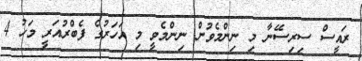
ރައީސް ސިރިސޭނާ މި ނިންމެވުން ނިންމެވީ މި އަހަރުގެ ފެބްރުއަރީ މަހު 4